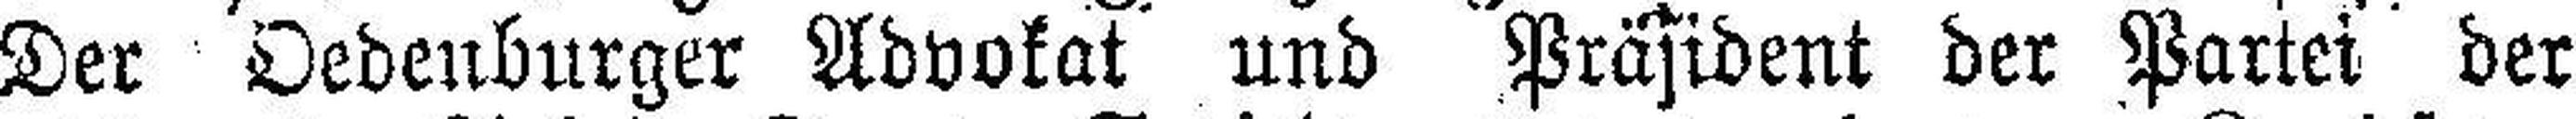
Der Oedenburger Advokat und Präsident der Partei der